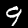
Label: 9